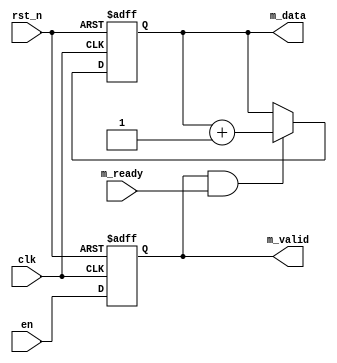
//----------------------------------------------------------------------------------------
// File name:           master
// Last modified Date:  2021/12/11 12:29
// Last Version:        V1.0
// Descriptions:        EN
//                      
//----------------------------------------------------------------------------------------
// Created date:        2021/12/11 12:29
// Version:             V1.0
// Descriptions:        The original version
//
//----------------------------------------------------------------------------------------
module master#( parameter WIDTH = 8)(
	input clk,
	input rst_n,
	input en,
	input m_ready,
	output reg [WIDTH-1:0] m_data,
	output reg m_valid
);

	always @(posedge clk or negedge rst_n) begin
		if (!rst_n) begin
			m_data <= {WIDTH{1'b0}};
		end
		else if (m_valid&m_ready) begin
			m_data <= m_data + 1'b1;
		end
		else begin
			m_data <= m_data;
		end
	end

	always @(posedge clk or negedge rst_n) begin
		if (!rst_n) begin
			m_valid <= 1'b0;
		end
		else begin
			m_valid <= en;
		end
	end


endmodule